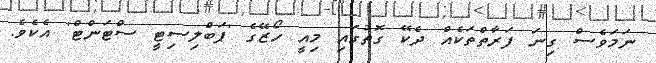
ނަމަވެސް ގިނަ ފަރާތްތަކެއް ދެކޭ ގޮތުގައި މިއީ ހޯޒޭގެ 'ޕަބްލިސިޓީ ސްޓަންޓް' އެކެވެ.